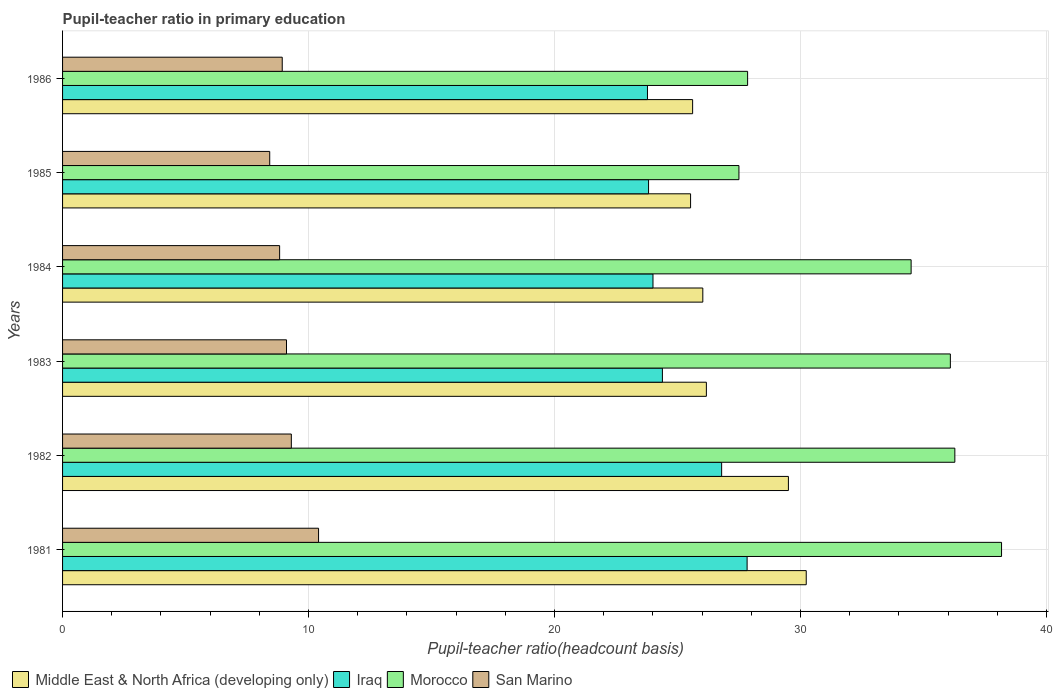
| Years | Middle East & North Africa (developing only) | Iraq | Morocco | San Marino |
 | --- | --- | --- | --- | --- |
 | 1981 | 30.2 | 27.8 | 38.2 | 10.4 |
 | 1982 | 29.5 | 26.8 | 36.3 | 9.3 |
 | 1983 | 26.2 | 24.4 | 36.1 | 9.1 |
 | 1984 | 26 | 24 | 34.5 | 8.82 |
 | 1985 | 25.5 | 23.8 | 27.5 | 8.42 |
 | 1986 | 25.6 | 23.8 | 27.8 | 8.93 |